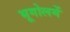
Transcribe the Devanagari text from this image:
भूगोलमें